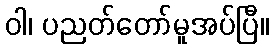
ဝါ၊ ပညတ်တော်မူအပ်ပြီ။